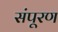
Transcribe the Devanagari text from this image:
संपूरण